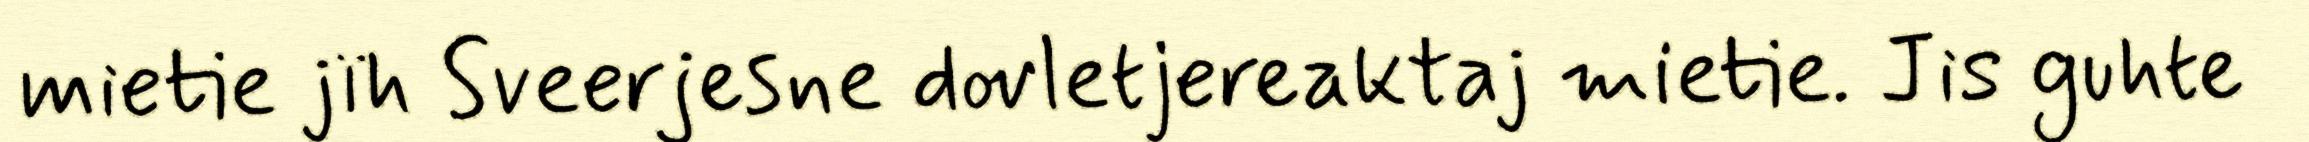
mietie jïh Sveerjesne dovletjereaktaj mietie. Jis guhte